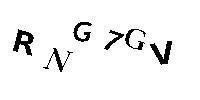
RNG7GV